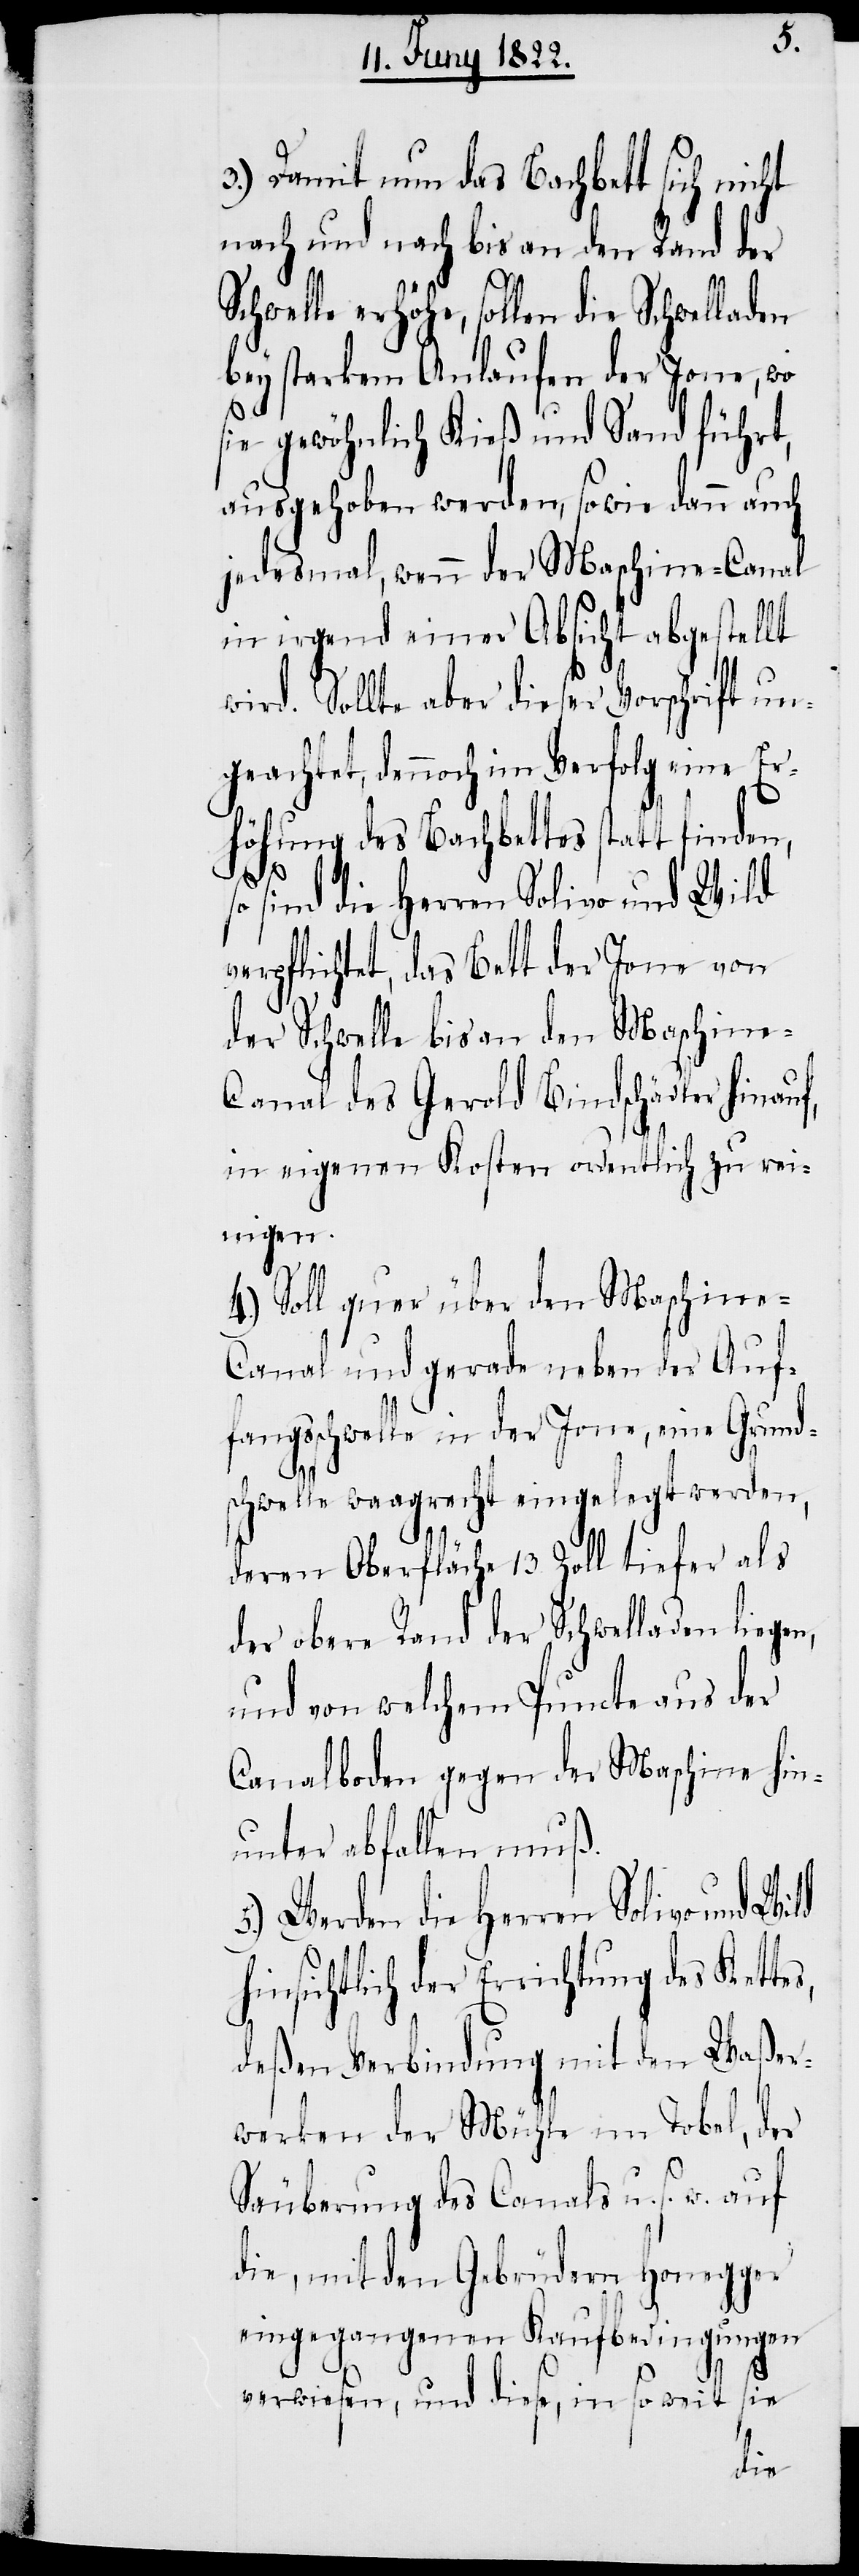
3.) Damit nun das Bachbett sich nicht
nach und nach bis an den Rand der
erhöhe, sollen die Schwelladen
bey starkem Anlaufen der Jone, wo
sie gewöhnlich Kieß und Sand führt,
ausgehoben werden, sowie dann auch
jedesmal, wenn der Maschine-Canal
in irgend einer Absicht abgestellt
wird. Sollte aber dieser Vorschrift un¬
geachtet, dennoch im Verfolg eine Er¬
höhung des Bachbettes statt finden,
so
sind die Herren Solivo und Wild
verpflichtet, das Bett der Jone von
der Schwelle bis an den Maschine-C¬
anal des Gerold Bindschädler hinauf,
in eigenen Kosten ordentlich zu rei¬
nigen.
4.) Soll quer über den Maschine-C¬
anal und gerade neben der Auf¬
fangsschwelle in der Jone, eine Grund¬
schwelle waagrecht eingelegt werden,
deren Oberfläche 13. Zoll tiefer als
der obere Rand der Schwelladen liegen,
und von welchem Puncte aus der
Canalboden gegen der Maschine hin¬
unter abfallen muß.
5.) Werden die Herren Solivo und
hinsichtlich der Errichtung des Kette¬
s,
deßen Verbindung mit den Waßer¬
werken der Mühle im Tobel, der
Säuberung des Canals u. s. w.
die, mit den Gebrüdern Honegger
eingegangenen Kaufbedingungen
verwiesen, und diese, in so weit sie